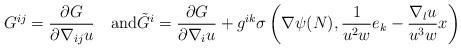
LaTeX: \begin{align*}G^{ij}=\frac{\partial G}{\partial\nabla_{ij}u}\quad\textrm{and}\tilde G^i=\frac{\partial G}{\partial\nabla_i u}+g^{ik}\sigma\left( \nabla \psi(N), \frac{1}{u^2w}e_k-\frac{\nabla_lu}{u^3w}x\right)\end{align*}